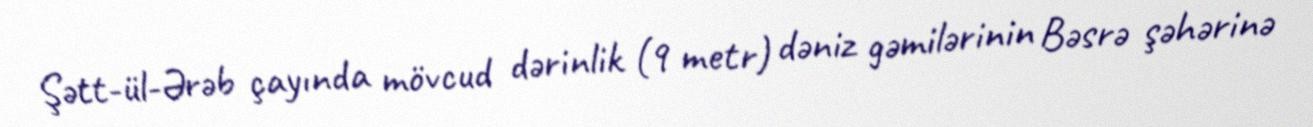
Şətt-ül-Ərəb çayında mövcud dərinlik (9 metr) dəniz gəmilərinin Bəsrə şəhərinə